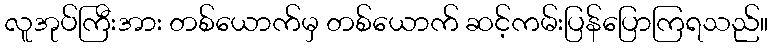
လူအုပ်ကြီးအား တစ်ယောက်မှ တစ်ယောက် ဆင့်ကမ်းပြန်ပြောကြရသည်။